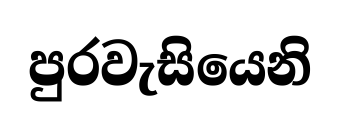
පුරවැසියෙනි